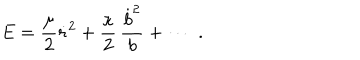
E = { \frac { \mu } { 2 } } \dot { r } ^ { 2 } + { \frac { \kappa } { 2 } } \, { \frac { \dot { b } ^ { 2 } } { b } } + \cdots \, \, .